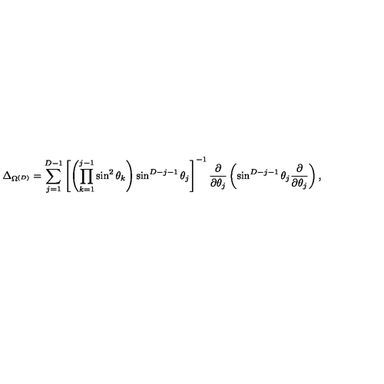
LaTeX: \Delta _ { \Omega ^ { ( { D } ) } } = \sum _ { j = 1 } ^ { { D } - 1 } \left[ \left( \prod _ { k = 1 } ^ { j - 1 } \sin ^ { 2 } \theta _ { k } \right) \sin ^ { { D } - j - 1 } \theta _ { j } \right] ^ { - 1 } \frac { \partial } { \partial \theta _ { j } } \left( \sin ^ { { D } - j - 1 } \theta _ { j } \frac { \partial } { \partial \theta _ { j } } \right) ,